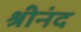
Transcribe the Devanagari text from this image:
श्रीनंद